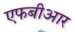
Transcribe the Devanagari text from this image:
एफबीआर